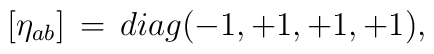
\left[\eta_{ab}\right]  \,=\,diag(-1,+1,+1,+1),